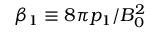
\beta _ { 1 } \equiv 8 \pi p _ { 1 } / B _ { 0 } ^ { 2 }